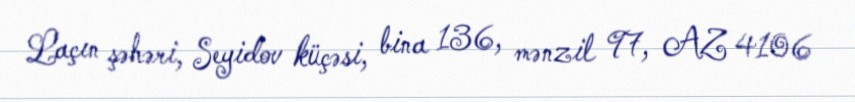
Laçın şəhəri, Seyidov küçəsi, bina 136, mənzil 97, AZ 4106